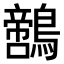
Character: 𪆡